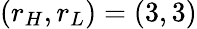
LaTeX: (r_{H},r_{L})=(3,3)